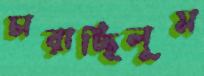
চারাচ্ছিলুম